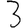
Digit: 3